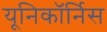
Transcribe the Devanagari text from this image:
यूनिकॉर्निस